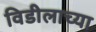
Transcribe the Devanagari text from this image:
विडीलाच्या